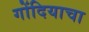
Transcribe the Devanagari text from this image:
गोंदियाचा